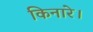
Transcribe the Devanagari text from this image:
किनारे।